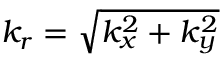
k _ { r } = \sqrt { k _ { x } ^ { 2 } + k _ { y } ^ { 2 } }